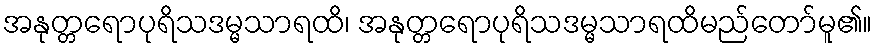
အနုတ္တရောပုရိသဒမ္မသာရထိ၊ အနုတ္တရောပုရိသဒမ္မသာရထိမည်တော်မူ၏။